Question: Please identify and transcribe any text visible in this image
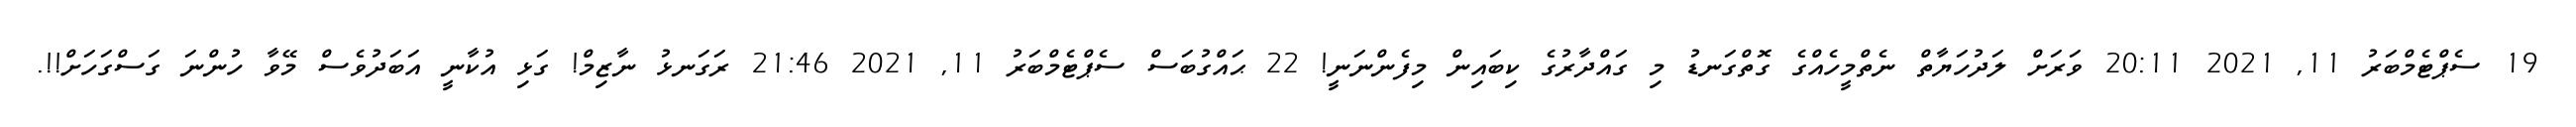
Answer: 19 ސެޕްޓެމްބަރު 11, 2021 20:11 ވަރަށް ލަދުހަޔާތް ނެތްމީހެއްގެ ގޮތްގަނޑު މި ގައްދާރުގެ ކިބައިން މިފެންނަނީ! 22 ޙައްގުބަސް ސެޕްޓެމްބަރު 11, 2021 21:46 ރަގަނޅު ނާޒިމް! ގަޅި އުކާނީ އަބަދުވެސް މޭވާ ހުންނަ ގަސްގަހަށް!!.